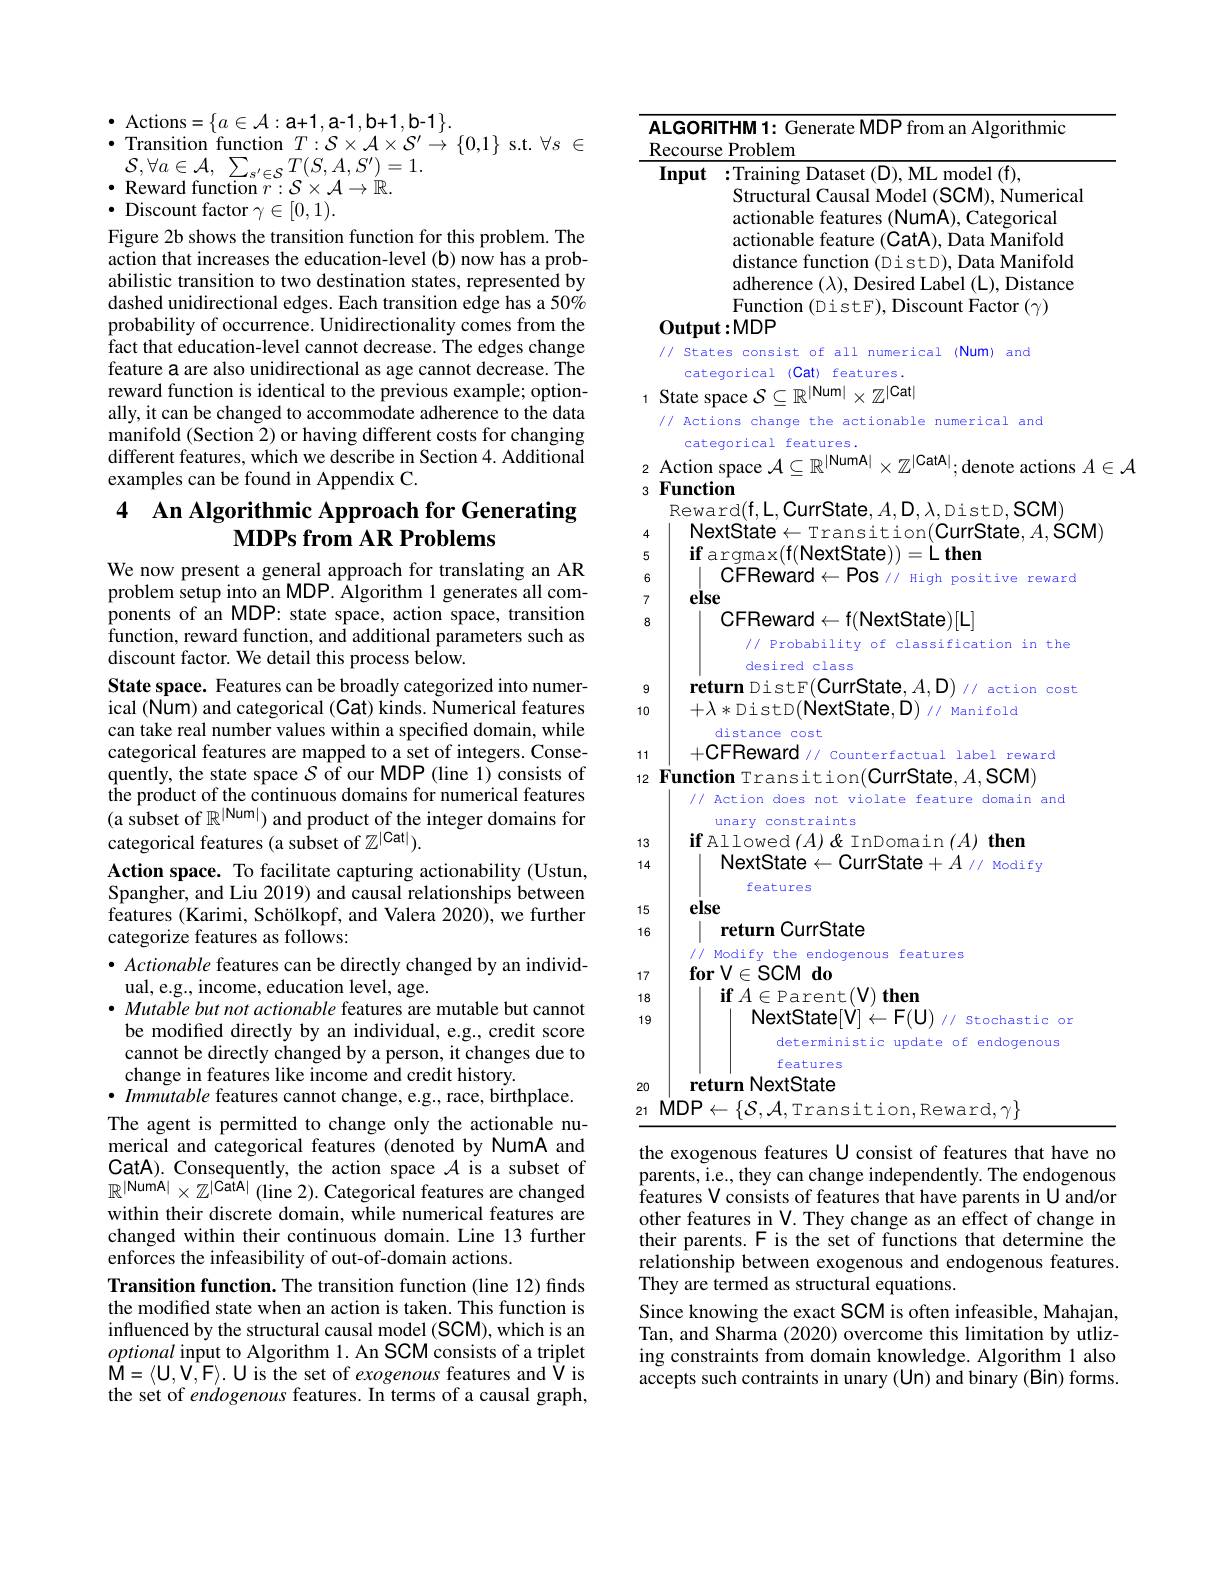
$\bullet$Actions$=\{a\in\mathcal{A}:$a+1,a-1,b+1,b-1$\}.$
$\bullet$ Transition function $T:\mathcal{S}\times\mathcal{A}\times\mathcal{S}^{\prime}\to\{0,1\}$ s.t. $\forall s\in$
$\begin{array}{l}{\mathcal{S},\forall a\in\mathcal{A},~\sum_{s^{\prime}\in\mathcal{S}}T(S,A,S^{\prime})=1.}\\{\bullet~\mathrm{Reward~function~}r:\mathcal{S}\times\mathcal{A}\to\mathbb{R}.}\\\end{array}$
$\bullet$ Discount factor $\gamma\in[0,1).$

Figure 2b shows the transition function for this problem. The action that increases the education-level (b) now has a probabilistic transition to two destination states, represented by dashed unidirectional edges. Each transition edge has a 50% probability of occurrence. Unidirectionality comes from the fact that education-level cannot decrease. The edges change feature a are also unidirectional as age cannot decrease. The reward function is identical to the previous example; optionally, it can be changed to accommodate adherence to the data $\dot{\text{manifold (Section 2) or having different costs for changing}}$ different features, which we describe in Section 4. Additional examples can be found in Appendix C.

# 4 An Algorithmic Approach for Generating $\mathbf{MDPs~from~AR~Problems}$

We now present a general approach for translating an AR problem setup into an MDP. Algorithm 1 generates all components of an MDP: state space, action space, transition function, reward function, and additional parameters such as discount factor. We detail this process below.
State space. Features can be broadly categorized into numerical (Num) and categorical (Cat) kinds. Ñumerical features can take real number values within a specified domain, while categorical features are mapped to a set of integers. Consequently, the state space $S$ of our MDP (line 1) consists of the product of the continuous domains for numerical features (a subset of $\mathbb{R} ^|$Num|) and product of the integer domains for categorical features (a subset of $\mathbb{Z}^|$Catl).
Action space. To facilitate capturing actionability (Ustun, Spangher, and Liu 2019) and causal relationships between features (Karimi, Schölkopf, and Valera 2020), we further categorize features as follows:
$\bullet$ Actionable features can be directly changed by an individ-
ual, e.g., income, education level, age.
· Mutable but not actionable features are mutable but cannot be modified directly by an individual, e.g., credit score cannot be directly changed by a person, it changes due to change in features like income and credit history.
$\bullet$ Immutable features cannot change, e.g., race, birthplace. The agent is permitted to change only the actionable numerical and categorical features (denoted by NumA and CatA). Consequently, the action space $\mathcal{A}$ is a subset of $\mathbb{R}^{|\mathrm{NumA|}}\times\mathbb{Z}^{|\mathrm{CatA|}}$ (line 2). Categorical features are changed within their discrete domain, while numerical features are changed within their continuous domain. Line 13 further enforces the infeasibility of out-of-domain actions.
Transition function. The transition function (line 12) finds the modified state when an action is taken. This function is influenced by the structural causal model (SCM), which is an optional input to Algorithm 1. An SCM consists of a triplet $\mathbf{M}=\langle\mathbf{U},\mathbf{V},\mathbf{F}\rangle.$U is the set of exogenous features and V is the set of endogenous features. In terms of a causal graph,

<table>
	<tbody>
		<tr>
			<td>ALGOR Recours</td>
			<td>ITHM 1: Generate MDP from an Algorithmic ${\mathrm{e~Problem}}$</td>
		</tr>
	</tbody>
</table>
Output:MDP

// States consist of all numerical (Num) and
categorical (Cat) features. 1 State space $\mathcal{S} \subseteq \mathbb{R} ^|$Num$| \times \mathbb{Z} ^{| \text{Cat}| }$
// Actions change the actionable numerical and
categorical features.
$z$ Action space $\mathcal{A} \subseteq \mathbb{R} ^|$NumA$| \times \mathbb{Z} ^{| \text{CatA}| };$denote actions $A\in\mathcal{A}$
$3\textbf{Function}$
$Reward(f,L,CurrState,A,D,\lambda,DistD,SCM)$
NextState$\leftarrow$Transition(CurrState$,A$,ŠCM)
5
$\textbf{if argmax}($f(NextState))=L then
6
CFReward$\leftarrow$Pos // High positive reward
7
else
8
$\mathsf{CFReward}\leftarrow\mathsf{f}(\mathsf{NextState})[\mathsf{L}]$
// Probability of classification in the
desired class
9
return DistF(CurrState,A,D)// action cost
$+\lambda*$DistD(NextState,D)// Manifold
10
distance cost
111
+CFReward // counterfactual label reward
$_{12}\textbf{ Function Transition( CurrState, }A, \mathbf{SCM})$
// Action does not violate feature domain and
unary constraints
$\textbf{if Allowed}\left ( A\right ) \&$ InDomain$\left ( A\right ) \textbf{ then}$
1314
NextState$\leftarrow$CurrState$+A//$ Modify
features
else
15
 $\textbf{return CurrState}$
16
// Modify the endogenous features
$\textbf{for V}\in$SCMdo
17
$\textbf{if}A\in$Parent$(\mathbf{V})$then
1819
NextState[V]$\leftarrow\mathsf{F}(\mathbf{U})$ // Stochastic or
deterministic update of endogenous
features
20
return NextState
$\underline {21}$ $\underline {\mathrm{MDP}\leftarrow \{ \mathcal{S} , \mathcal{A} , \mathrm{Transition}, \mathrm{Reward}, \gamma \} }$
the exogenous features U consist of features that have no parents, i.e., they can change independently. The endogenous features V consists of features that have parents in U and/or

other features in V. They change as an effect of change in their parents. F is the set of functions that determine the relationship between exogenous and endogenous features. They are termed as structural equations.
Since knowing the exact SCM is often infeasible, Mahajan, Tan, and Sharma (2020) overcome this limitation by utlizing constraints from domain knowledge. Algorithm 1 also accepts such contraints in unary (Un) and binary (Bin) forms.